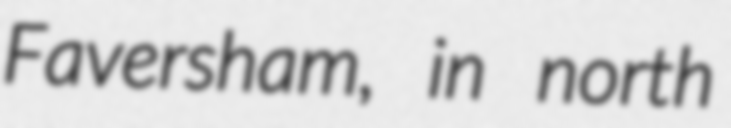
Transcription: Faversham, in north